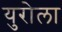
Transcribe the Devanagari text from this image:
युरोला